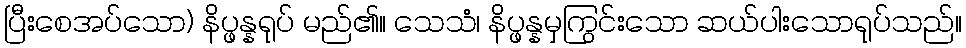
ပြီးစေအပ်သော) နိပ္ဖန္နရုပ် မည်၏။ သေသံ၊ နိပ္ဖန္နမှကြွင်းသော ဆယ်ပါးသောရုပ်သည်။